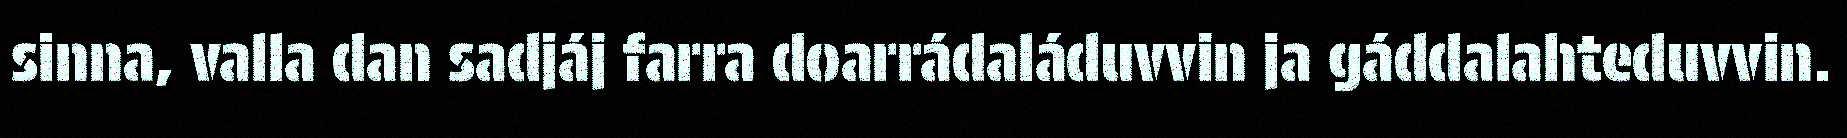
sinna, valla dan sadjáj farra doarrádaláduvvin ja gáddalahteduvvin.